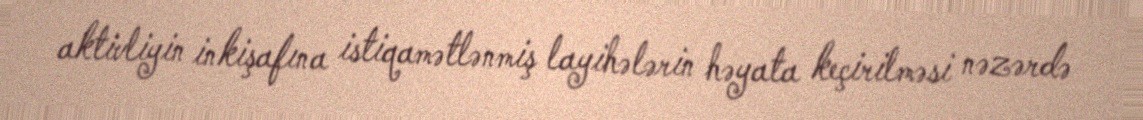
aktivliyin inkişafına istiqamətlənmiş layihələrin həyata keçirilməsi nəzərdə